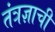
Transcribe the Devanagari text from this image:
तंत्रज्ञाची